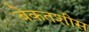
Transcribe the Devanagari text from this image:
बेकतशीस